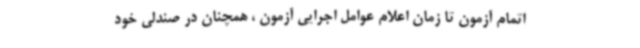
اتمام آزمون تا زمان اعلام عوامل اجرایی آزمون ، همچنان در صندلی خود